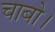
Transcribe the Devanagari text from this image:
चाबो।